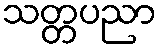
သတ္တပညာ